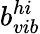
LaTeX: b_{vib}^{hi}